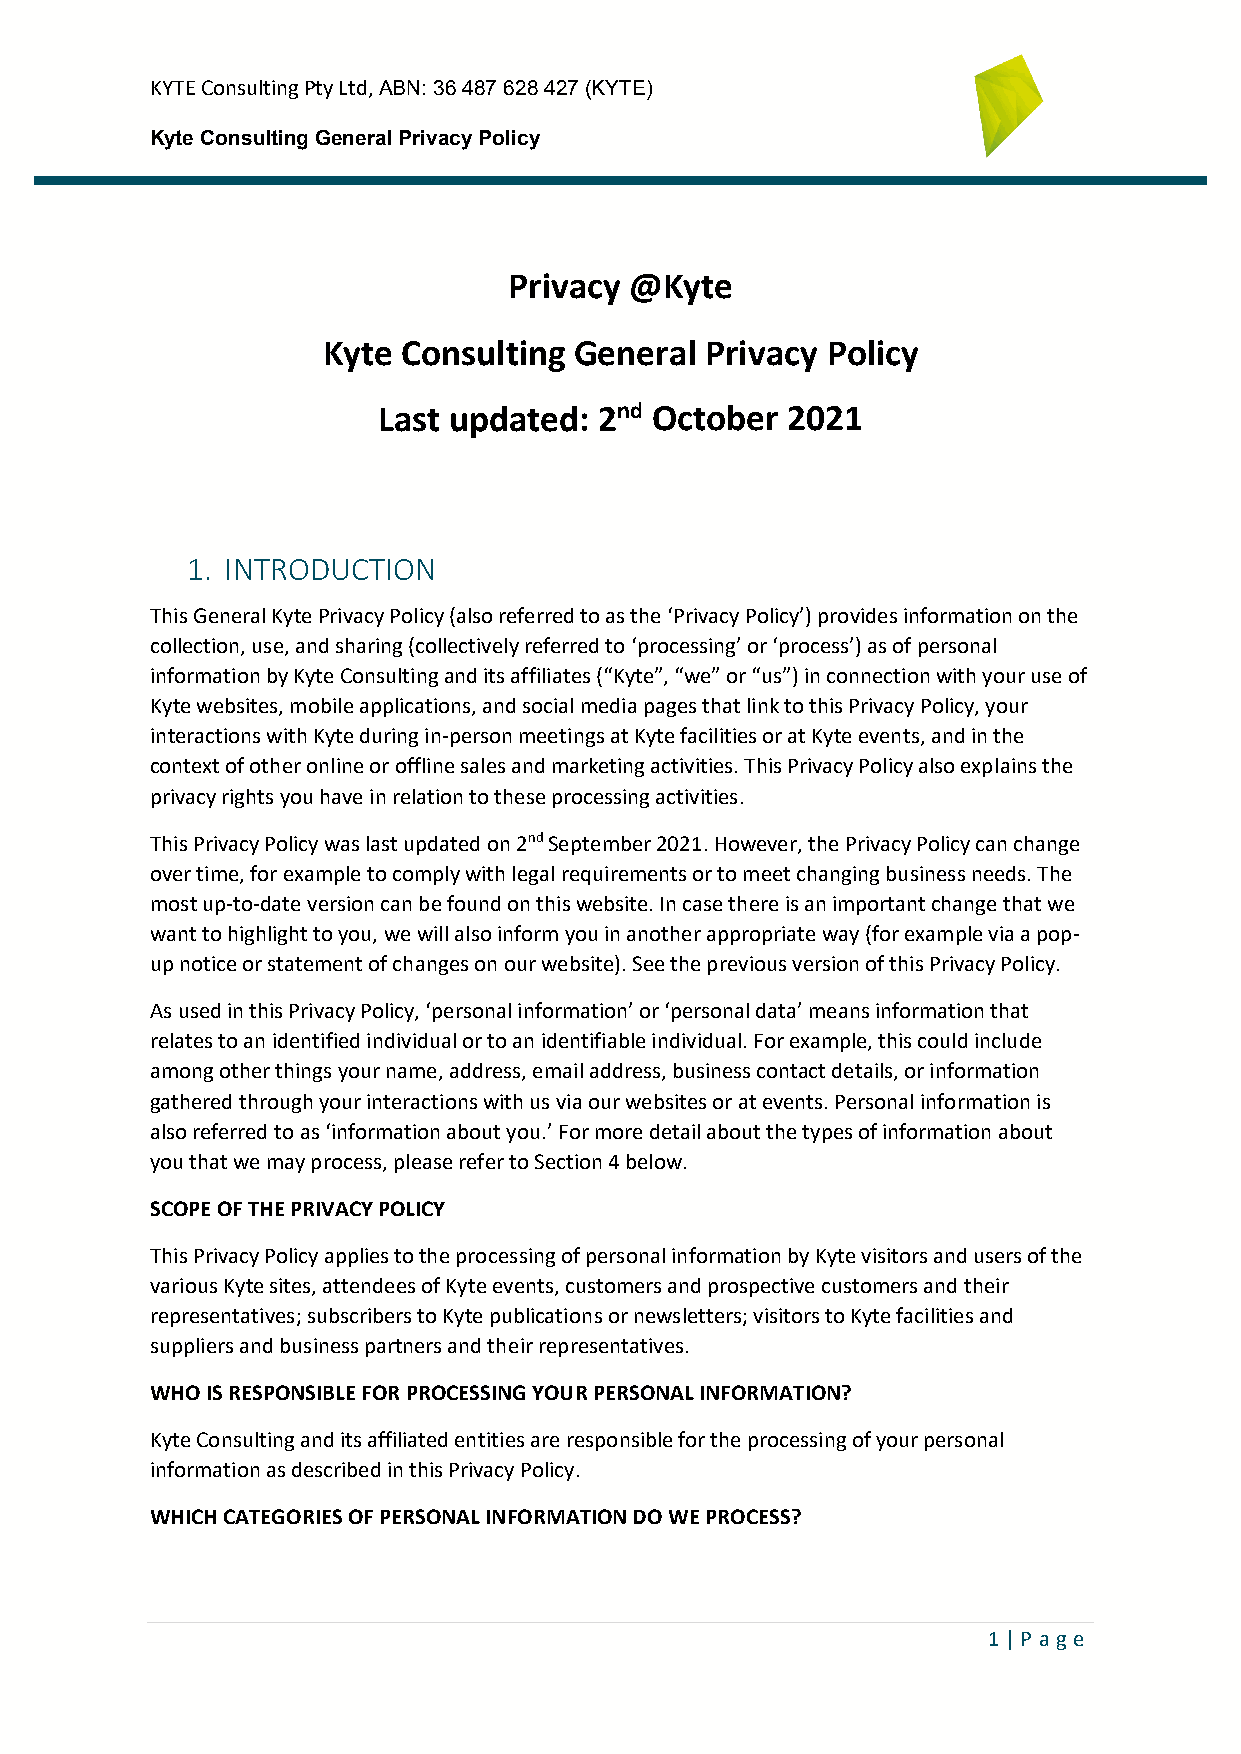
KYTE Consulting Pty Ltd, ABN: 36 487 628 427 (KYTE)
 Kyte Consulting General Privacy Policy
 Privacy @Kyte
 Kyte  Consulting General  Privacy Policy
 Last updated:  2nd October 2021
 1. INTRODUCTION
 This General Kyte Privacy Policy (also referred to as the ‘Privacy Policy’) provides information on the
 collection, use, and sharing (collectively referred to ‘processing’ or ‘process’) as of personal
 information by Kyte Consulting and its affiliates (“Kyte”, “we” or “us”) in connection with your use of
 Kyte websites, mobile applications, and social media pages that link to this Privacy Policy, your
 interactions with Kyte during in-person meetings at Kyte facilities or at Kyte events, and in the
 context of other online or offline sales and marketing activities. This Privacy Policy also explains the
 privacy rights you have in relation to these processing activities.
 This Privacy Policy was last updated on 2nd September 2021. However, the Privacy Policy can change
 over time, for example to comply with legal requirements or to meet changing business needs. The
 most up-to-date version can be found on this website. In case there is an important change that we
 want to highlight to you, we will also inform you in another appropriate way (for example via a pop-
 up notice or statement of changes on our website). See the previous version of this Privacy Policy.
 As used in this Privacy Policy, ‘personal information’ or ‘personal data’ means information that
 relates to an identified individual or to an identifiable individual. For example, this could include
 among other things your name, address, email address, business contact details, or information
 gathered through your interactions with us via our websites or at events. Personal information is
 also referred to as ‘information about you.’ For more detail about the types of information about
 you that we may process, please refer to Section 4 below.
 SCOPE OF THE PRIVACY POLICY
 This Privacy Policy applies to the processing of personal information by Kyte visitors and users of the
 various Kyte sites, attendees of Kyte events, customers and prospective customers and their
 representatives; subscribers to Kyte publications or newsletters; visitors to Kyte facilities and
 suppliers and business partners and their representatives.
 WHO IS RESPONSIBLE FOR PROCESSING YOUR PERSONAL INFORMATION?
 Kyte Consulting and its affiliated entities are responsible for the processing of your personal
 information as described in this Privacy Policy.
 WHICH CATEGORIES OF PERSONAL INFORMATION DO WE PROCESS?
 1 | P ag e